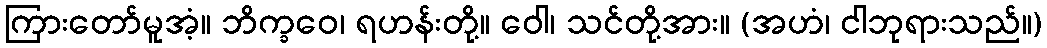
ကြားတော်မူအံ့။ ဘိက္ခဝေ၊ ရဟန်းတို့။ ဝေါ၊ သင်တို့အား။ (အဟံ၊ ငါဘုရားသည်။)